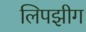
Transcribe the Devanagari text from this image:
लिपझीग